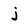
Character: j